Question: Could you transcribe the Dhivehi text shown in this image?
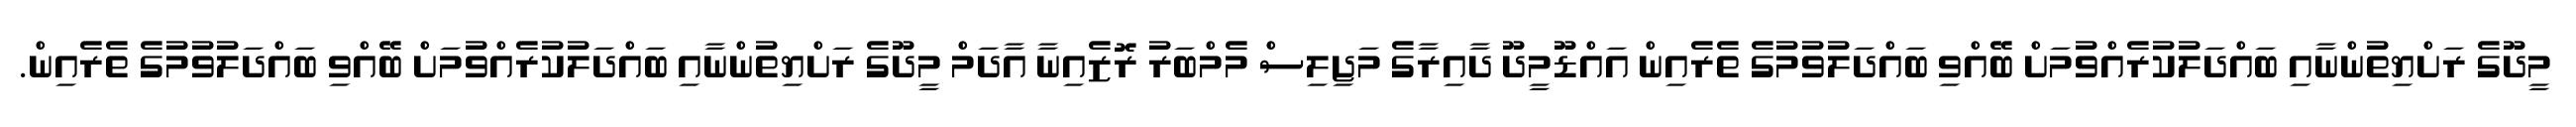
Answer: މީދޫގެ ރަށްޔިތުންނާއި ބައްދަލުކުރެއްވުމަށް ބޭއްވި ބައްދަލުވުމުގެ ތެރެއިން އައްޑޫމީދޫ ދާއިރާގެ މަޖިލިސް މެމްބަރު ރޮޒެއިނާ އާދަމް މީދޫގެ ރަށްޔިތުންނާއި ބައްދަލުކުރެއްވުމަށް ބޭއްވި ބައްދަލުވުމުގެ ތެރެއިން.